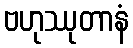
ဗဟုဿုတာနံ